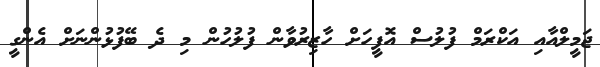
ޖަމީލްއާއި އަކްރަމް ފުލުސް އޮފީހަށް ހާޒިރުވާން ފުލުހުން މި ދެ ބޭފުޅުންނަށް އެންގީ